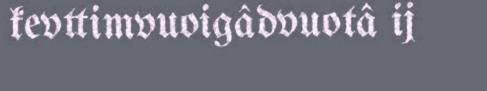
kevttimvuoigâdvuotâ ij